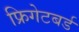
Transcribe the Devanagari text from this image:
फ्रिगेटबर्ड